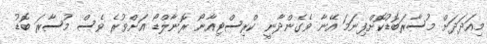
މިއަދަދަށް މުސާރަބޮޑުކޮށްފިނަމަ އޭނާ ވެގެންދާނީ ކްރިސްޓިއާނޯ ރޮނާލްޑޯ އަށްވުރެ ވެސް މުސާރަ ބޮޑު